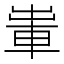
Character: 𨋡